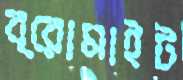
ব্রোমাইট